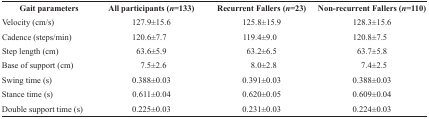
<table><thead><tr><td><b>Gait parameters</b></td><td><b>All participants (<i>n</i>=133)</b></td><td><b>Recurrent Fallers (<i>n</i>=23)</b></td><td><b>Non-recurrent Fallers (<i>n</i>=110)</b></td></tr></thead><tbody><tr><td> Velocity (cm/s)</td><td> 127.9±15.6</td><td> 125.8±15.9</td><td> 128.3±15.6</td></tr><tr><td> Cadence (steps/min)</td><td> 120.6±7.7</td><td> 119.4±9.0</td><td> 120.8±7.5</td></tr><tr><td> Step length (cm)</td><td> 63.6±5.9</td><td> 63.2±6.5</td><td> 63.7±5.8</td></tr><tr><td> Base of support (cm)</td><td> 7.5±2.6</td><td> 8.0±2.8</td><td> 7.4±2.5</td></tr><tr><td> Swing time (s)</td><td> 0.388±0.03</td><td> 0.391±0.03</td><td> 0.388±0.03</td></tr><tr><td> Stance time (s)</td><td> 0.611±0.04</td><td> 0.620±0.05</td><td> 0.609±0.04</td></tr><tr><td> Double support time (s)</td><td> 0.225±0.03</td><td> 0.231±0.03</td><td> 0.224±0.03</td></tr></tbody></table>